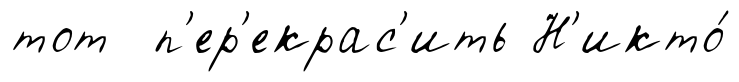
тот п'ер'екрас'ить Н'икто́